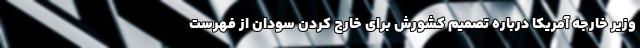
وزیر خارجه آمریکا درباره تصمیم کشورش برای خارج کردن سودان از فهرست